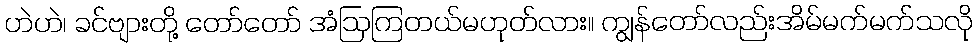
ဟဲဟဲ၊ ခင်ဗျားတို့ တော်တော် အံဩကြတယ်မဟုတ်လား။ ကျွန်တော်လည်းအိမ်မက်မက်သလို